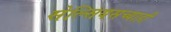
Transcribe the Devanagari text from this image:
सेल्सियसच्याही